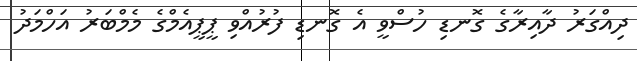
ދިއްގަރު ދާއިރާގެ ގޮނޑި ހުސްވީ އެ ގޮނޑި ފުރުއްވި ޕީޕީއެމްގެ މެމްބަރު އަހްމަދު